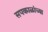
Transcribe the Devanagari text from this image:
सपकाळांच्या